Report of an investigation of the epidemic of malarial fever in Assam, or, kala-azar
Disease focus: Malaria
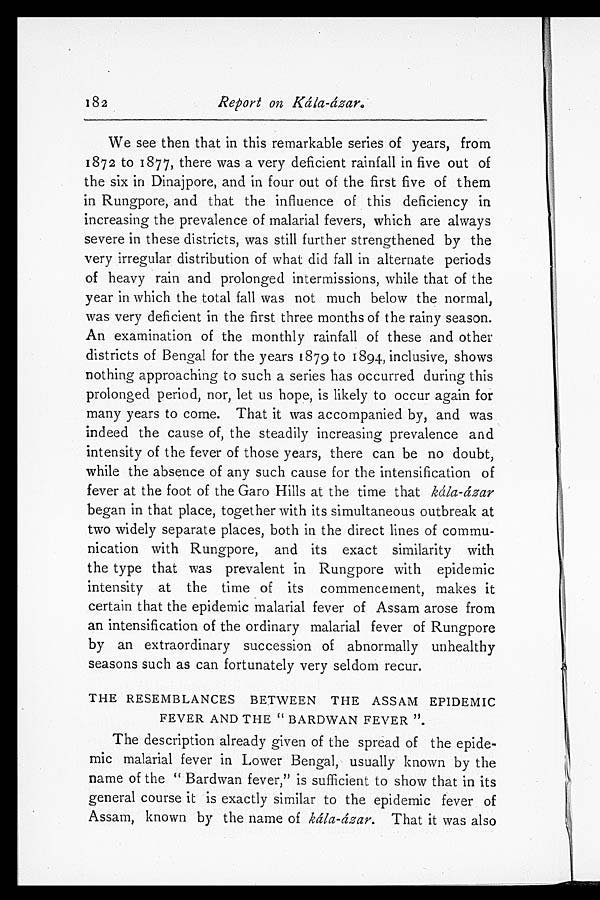
182
Report on Kála-ázar.
We see then that in this remarkable series of years, from
1872 to 1877, there was a very deficient rainfall in five out of
the six in Dinajpore, and in four out of the first five of them
in Rungpore, and that the influence of this deficiency in
increasing the prevalence of malarial fevers, which are always
severe in these districts, was still further strengthened by the
very irregular distribution of what did fall in alternate periods
of heavy rain and prolonged intermissions, while that of the
year in which the total fall was not much below the normal,
was very deficient in the first three months of the rainy season.
An examination of the monthly rainfall of these and other
districts of Bengal for the years 1879 to 1894, inclusive, shows
nothing approaching to such a series has occurred during this
prolonged period, nor, let us hope, is likely to occur again for
many years to come. That it was accompanied by, and was
indeed the cause of, the steadily increasing prevalence and
intensity of the fever of those years, there can be no doubt,
while the absence of any such cause for the intensification of
fever at the foot of the Garo Hills at the time that kála-ázar
began in that place, together with its simultaneous outbreak at
two widely separate places, both in the direct lines of commu
-nication with Rungpore, and its exact similarity with
the type that was prevalent in Rungpore with epidemic
intensity at the time of its commencement, makes it
certain that the epidemic malarial fever of Assam arose from
an intensification of the ordinary malarial fever of Rungpore
by an extraordinary succession of abnormally unhealthy
seasons such as can fortunately very seldom recur.
THE RESEMBLANCES BETWEEN THE ASSAM EPIDEMIC
FEVER AND THE "BARDWAN FEVER".
The description already given of the spread of the epide
-mic malarial fever in Lower Bengal, usually known by the
name of the "Bardwan fever," is sufficient to show that in its
general course it is exactly similar to the epidemic fever of
Assam, known by the name of kála-ázar. That it was also